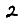
Digit: 2